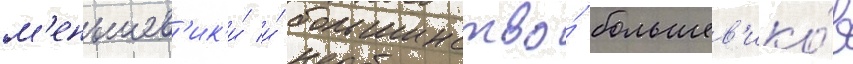
м'еньшев'ик'и́ и́ большинство́ большев'ико́в